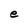
Character: e